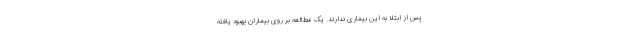
پس از ابتلا به این بیماری ندارند. یک مطالعه بر روی بیماران بهبود یافته